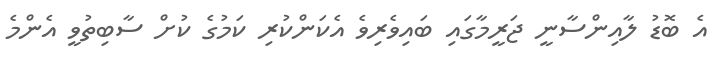
އެ ބޮޑު ލާއިންސާނީ ޖަރީމާގައި ބައިވެރިވެ އެކަންކުރި ކަމުގެ ކުށް ސާބިތުވީ އެންމެ